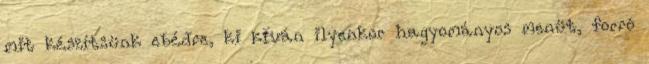
mit készítsünk ebédre, ki kíván ilyenkor hagyományos menüt, forró